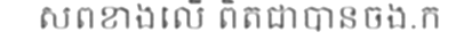
សពខាងលើ ពិតជាបានចង.ក